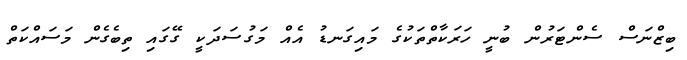
ބިޒްނަސް ސެންޓަރުން ބުނީ ހަރަކާތްތަކުގެ މައިގަނޑު އެއް މަގުސަދަކީ ގޭގައި ތިބެގެން މަސައްކަތް